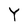
Character: Y